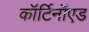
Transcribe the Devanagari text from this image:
कॉर्टिनॉएड